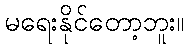
မရေးနိုင်တော့ဘူး။